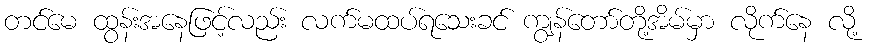
တင်မေ ထွန်းအနေဖြင့်လည်း လက်မထပ်ရသေးခင် ကျွန်တော်တို့အိမ်မှာ လိုက်နေ လို့